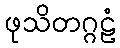
ဖုသိတဂ္ဂဠံ